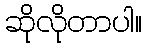
ဆိုလိုတာပါ။